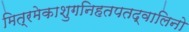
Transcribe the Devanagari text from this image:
मित्रमेकाशुगनिहतपतद्वालिनो